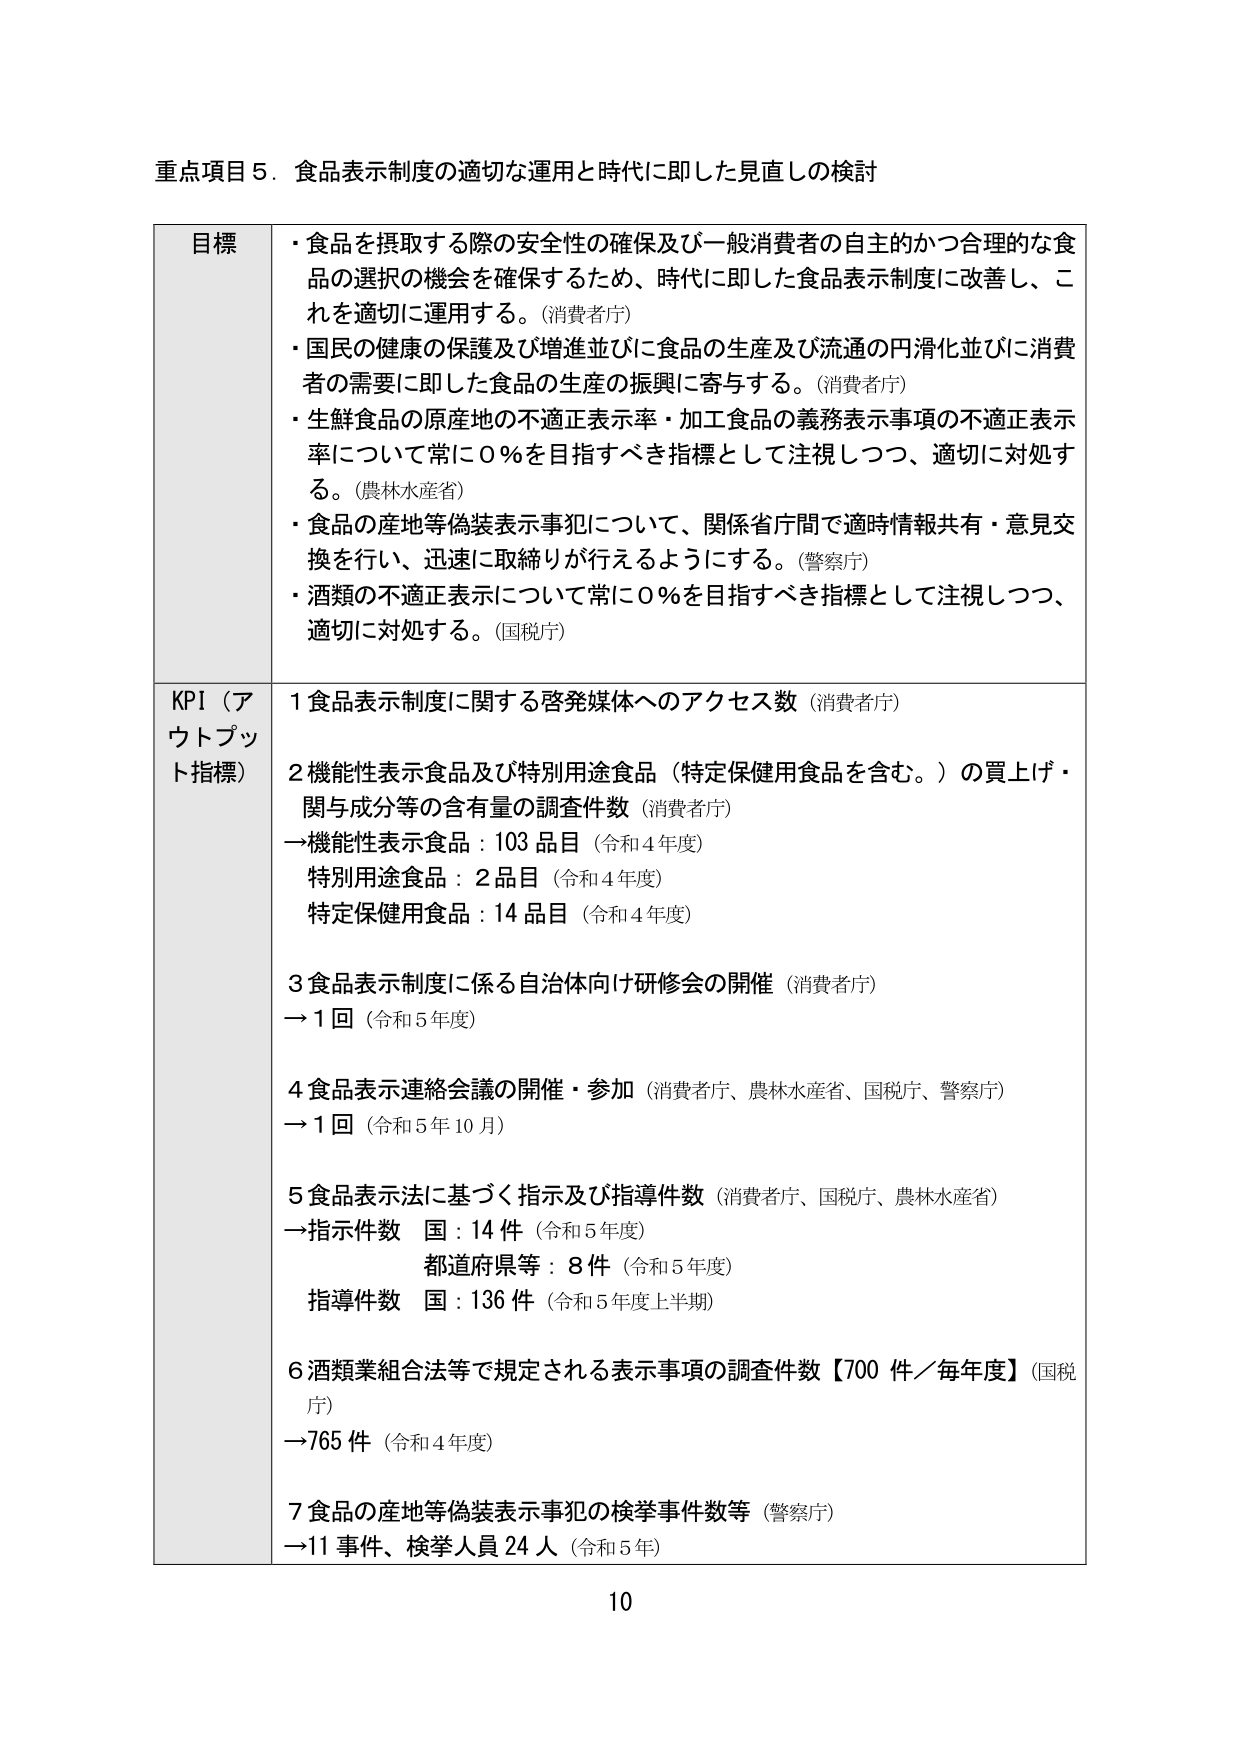
重点項目５．食品表示制度の適切な運用と時代に即した見直しの検討

目標
・食品を摂取する際の安全性の確保及び一般消費者の自主的かつ合理的な食品の選択の機会を確保するため、時代に即した食品表示制度に改善し、これを適切に運用する。（消費者庁）
・国民の健康の保護及び増進並びに食品の生産及び流通の円滑化並びに消費者の需要に即した食品の生産の振興に寄与する。（消費者庁）
・生鮮食品の原産地の不適正表示率・加工食品の義務表示事項の不適正表示率について常に０％を目指すべき指標として注視しつつ、適切に対処する。（農林水産省）
・食品の産地等偽装表示事犯について、関係省庁間で適時情報共有・意見交換を行い、迅速に取締りが行えるようにする。（警察庁）
・酒類の不適正表示について常に０％を目指すべき指標として注視しつつ、適切に対処する。（国税庁）

KPI（アウトプット指標）
１食品表示制度に関する啓発媒体へのアクセス数（消費者庁）
２機能性表示食品及び特別用途食品（特定保健用食品を含む。）の買上げ・関与成分等の含有量の調査件数（消費者庁）
→機能性表示食品：103品目（令和４年度）
　特別用途食品：2品目（令和４年度）
　特定保健用食品：14品目（令和４年度）
３食品表示制度に係る自治体向け研修会の開催（消費者庁）
→１回（令和５年度）
４食品表示連絡会議の開催・参加（消費者庁、農林水産省、国税庁、警察庁）
→１回（令和５年10月）
５食品表示法に基づく指示及び指導件数（消費者庁、国税庁、農林水産省）
→指示件数　国：14件（令和５年度）
　　都道府県等：8件（令和５年度）
　指導件数　国：136件（令和５年度上半期）
６酒類業組合法等で規定される表示事項の調査件数【700件／毎年度】（国税庁）
→765件（令和４年度）
７食品の産地等偽装表示事犯の検挙事件数等（警察庁）
→11事件、検挙人員24人（令和５年）

10